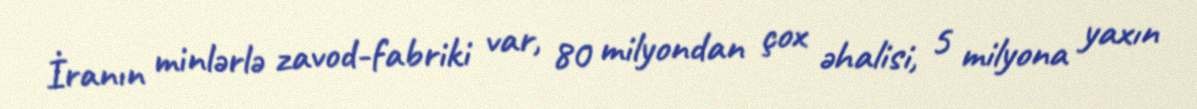
İranın minlərlə zavod-fabriki var, 80 milyondan çox əhalisi, 5 milyona yaxın